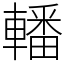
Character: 轓